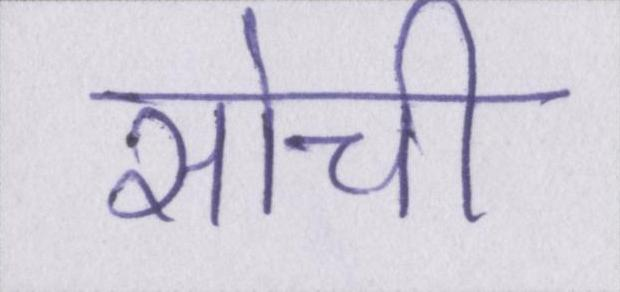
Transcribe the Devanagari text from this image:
सोची